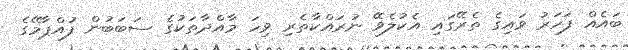
ބައެއް ފަހަރު ވައިގެ ތެރޭގައި އެކުލެވޭ ނުރައްކާތެރި ވިހަ މާއްދާތަކުގެ ސަބަބުން ފުއްޕާމޭގެ